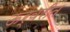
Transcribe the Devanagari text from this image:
ऊर्वरीत